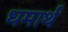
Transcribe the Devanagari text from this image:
धमार्थ